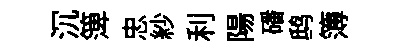
沉𥱼忠紗利陽磻鸱簿